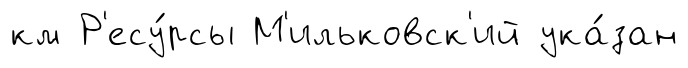
км Р'есу́рсы М'ильковск'ий ука́зан